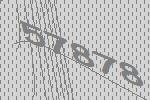
57878